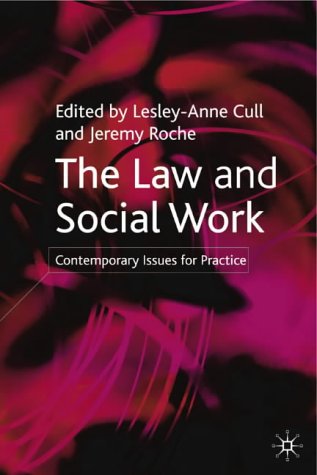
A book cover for The Law and Social Work: Contemporary Issues for Practice; Law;